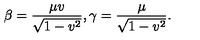
\beta = \frac { \mu v } { \sqrt { 1 - v ^ { 2 } } } , \gamma = \frac { \mu } { \sqrt { 1 - v ^ { 2 } } } .